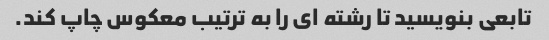
تابعی بنویسید تا رشته ای را به ترتیب معکوس چاپ کند.